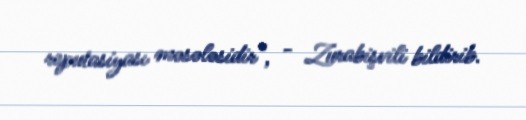
reputasiyası məsələsidir", - Zurabişvili bildirib.